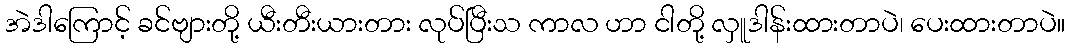
အဲဒါကြောင့် ခင်ဗျားတို့ ယီးတီးယားတား လုပ်ပြီးသ ကာလ ဟာ ငါတို့ လှူဒါန်းထားတာပဲ၊ ပေးထားတာပဲ။